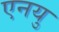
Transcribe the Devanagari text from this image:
एनयु